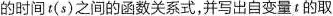
的时间 t ( s ) 之间的函数关系式，并写出自变量 t 的取